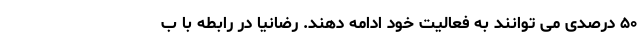
۵۰ درصدی می توانند به فعالیت خود ادامه دهند. رضانیا در رابطه با ب